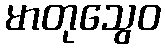
မာတုသွေဝ